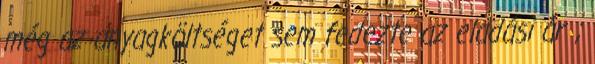
még az anyagköltséget sem fedezte az eladási ár ;